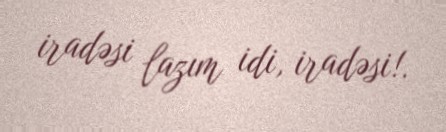
iradəsi lazım idi, iradəsi!.